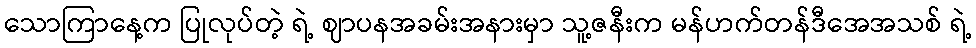
သောကြာနေ့က ပြုလုပ်တဲ့ ရဲ့ ဈာပနအခမ်းအနားမှာ သူ့ဇနီးက မန်ဟက်တန်ဒီအေအသစ် ရဲ့